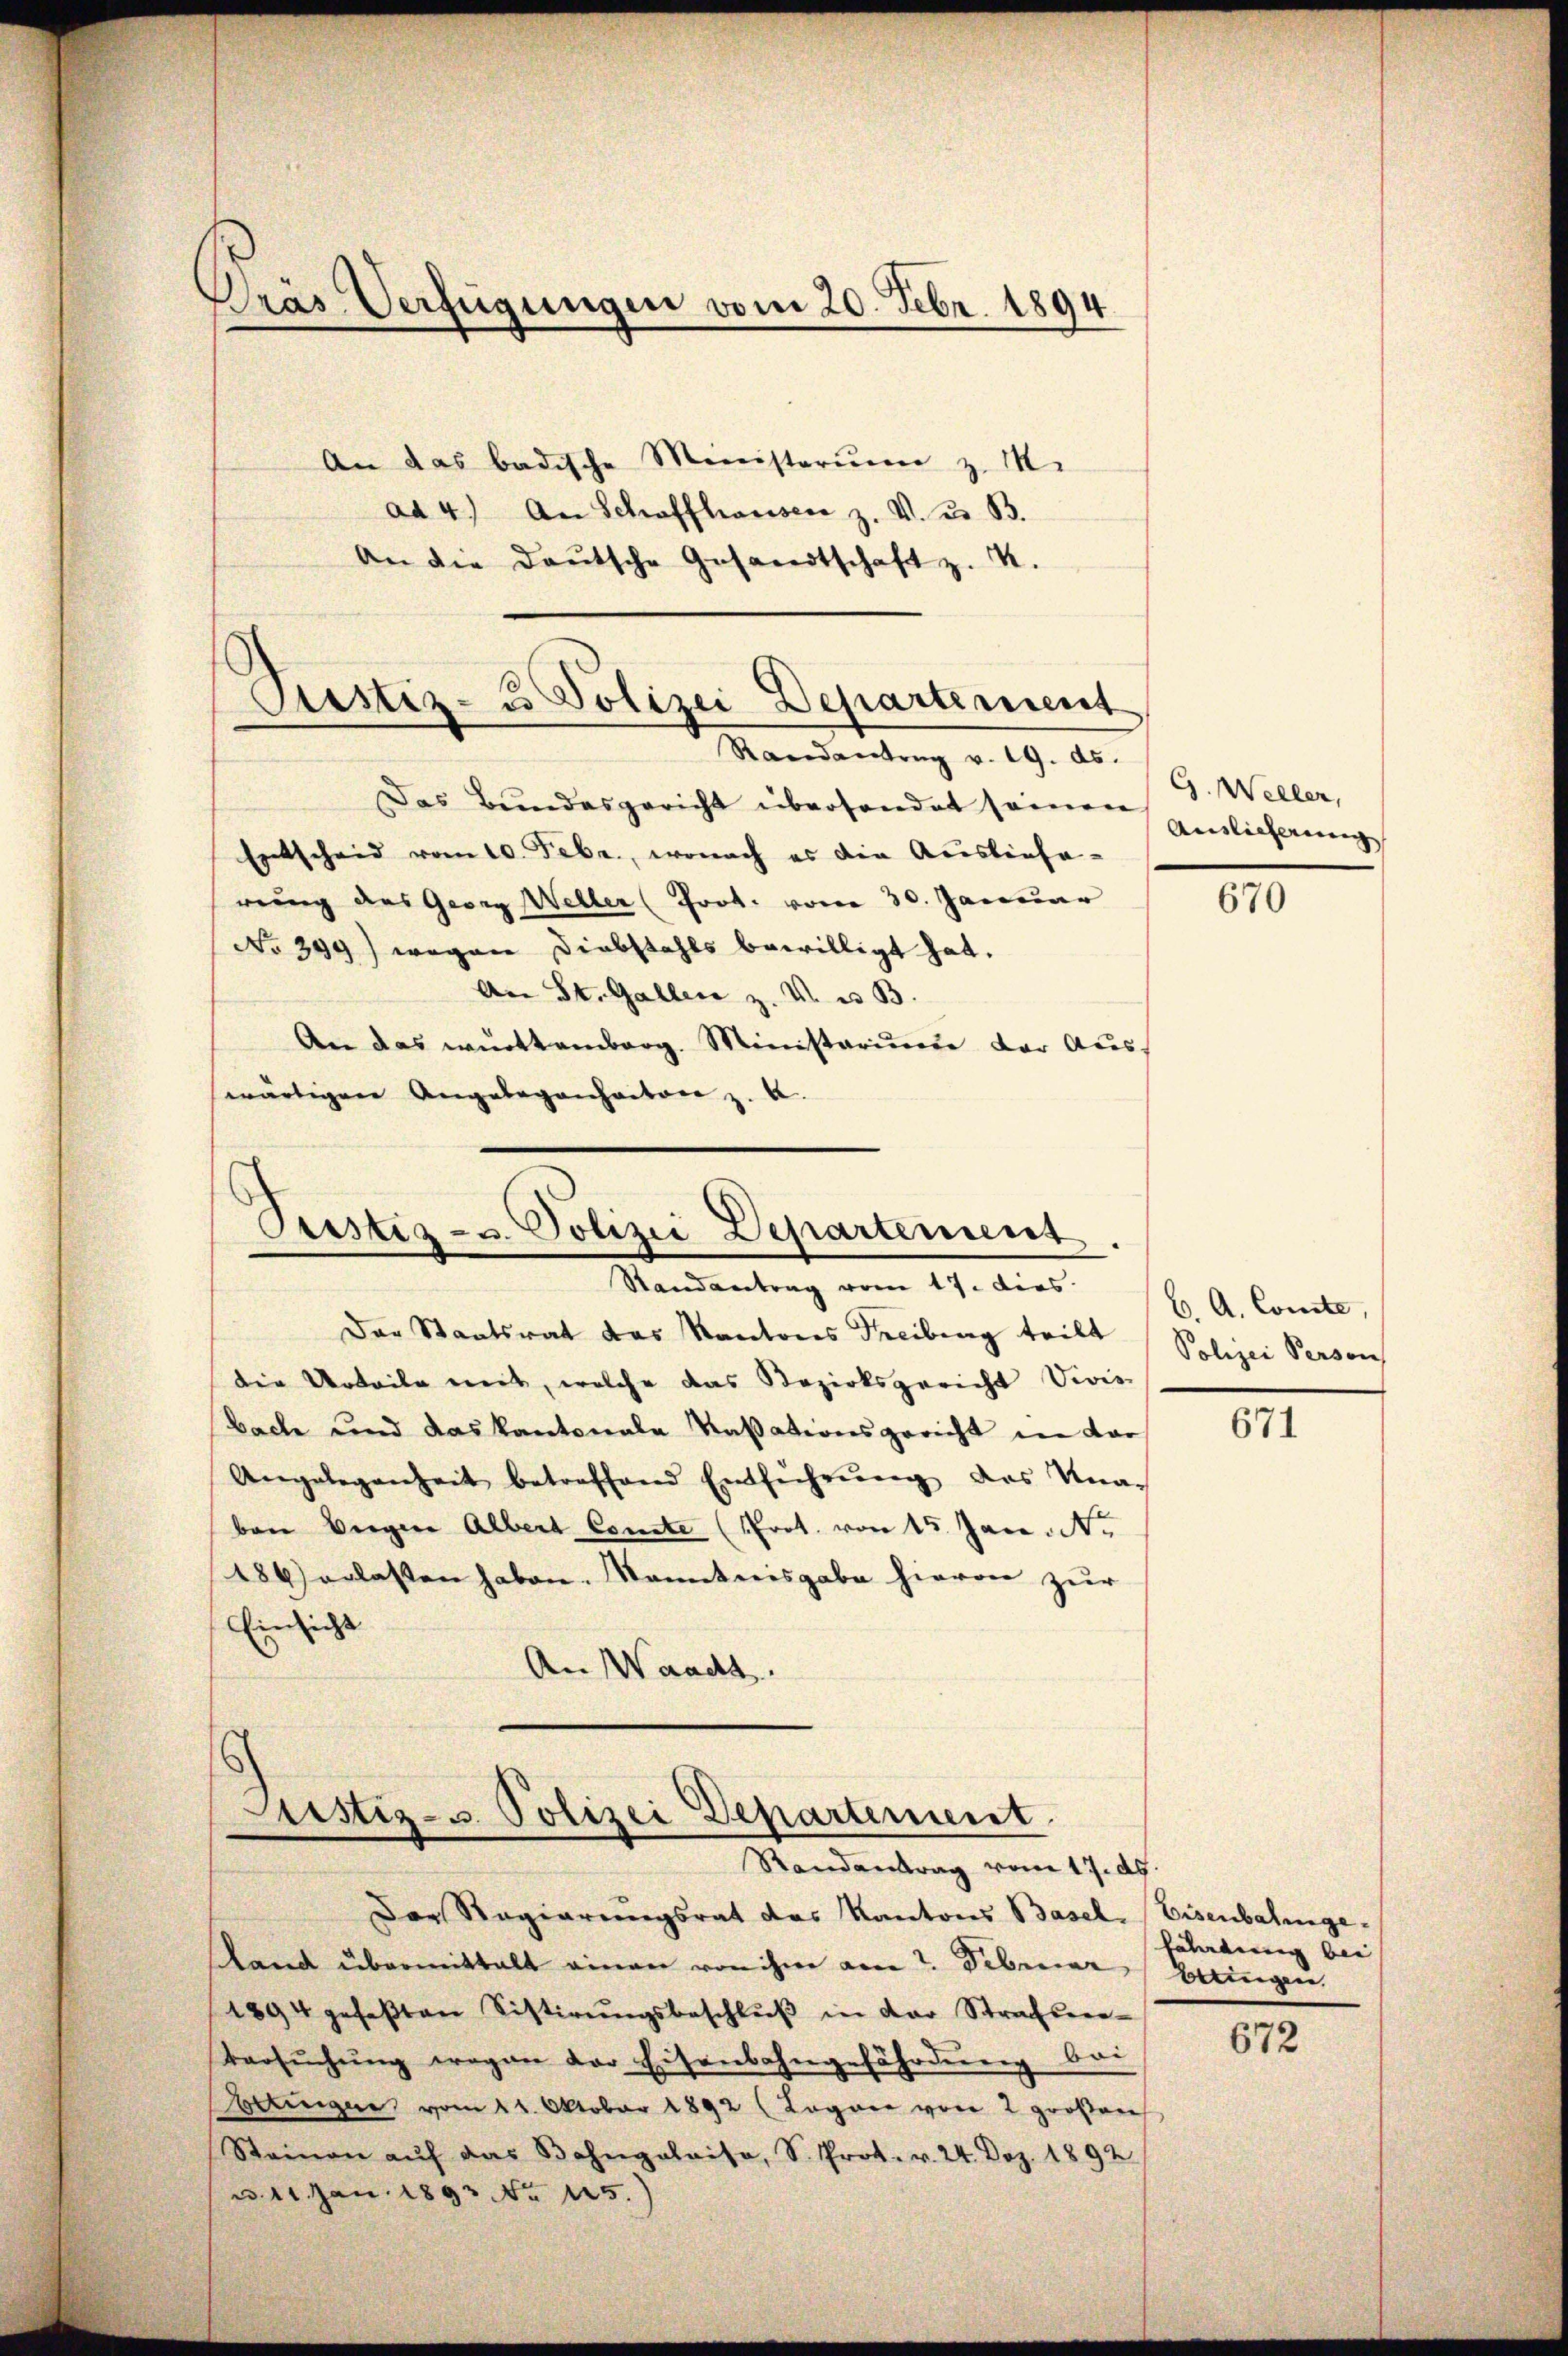
Prás Verfügungen vom 20. Febr. 1894.
An das badische Ministerium z. M.
ad 4.) An Schaffhauser z. V. D. B.
An die deutsche Gesandtschaft z. K.

Justiz- u Polizei Departement
Randantrag v. 19. ds.

Der Staatsrat das Kantons Freibung teilt
die Urteile mit, welche das Bezirksgericht Vivis
bache und das kantonale Kassationsgericht in dar¬
Angelegenheit betreffend Entführŭng des Knac
ben Verger Albert Comite (Prot. von 15. Jan. N.
486) erlassen haben. Kenntnisgabe hievon zur
Einsicht
An Waadt.

Das Bundesgericht überhandet seinen gütlicherung
Entscheid vom 10. Febr., wonach es die Ausliefe-
rung des Georg Weller (Prot. vom 30. Januar
No 399) wegen Diebstahls bewilligt hat.
An St. Gallen z. V. u. B.
An das württemberg. Ministarium der Auswärtigen Angelegenhatore z. B.

Pustiz- u. Polizei Departement.
Randantrag vom 17. dies

Justiz- & Polizei Departement
Randantrag vom 17. dh.
Der Regierungsrat das Kantons Basel Eisenbahnge¬

Land übermittalt einen von ihm am 7. Februar beringen,
1894 gefaβten Sistirŭngsbeschlŭβ in der Strachse-
Varsŭchŭng wegen der Eisenbahngefährdung ba
eringen vom 11. Oktober 1892 (Logaer von 2 großen
Steinen aŭf das Bahngalaisa, S. Prot. v. 24. Dez. 1892
u. 11. Jan. 1893 No 125.)

G. Weller,

670

b. A. Comte,
Polizei Person

671

fährdung bei |

672